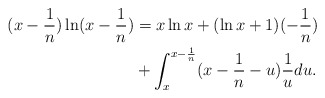
\begin{align*}(x-\frac{1}{n}) \ln (x-\frac{1}{n}) & = x\ln x + (\ln x + 1) (-\frac{1}{n}) \\& + \int_x^{x-\frac{1}{n}} (x-\frac{1}{n}-u) \frac{1}{u} du.\end{align*}